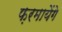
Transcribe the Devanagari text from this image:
फ़रमायेंगे